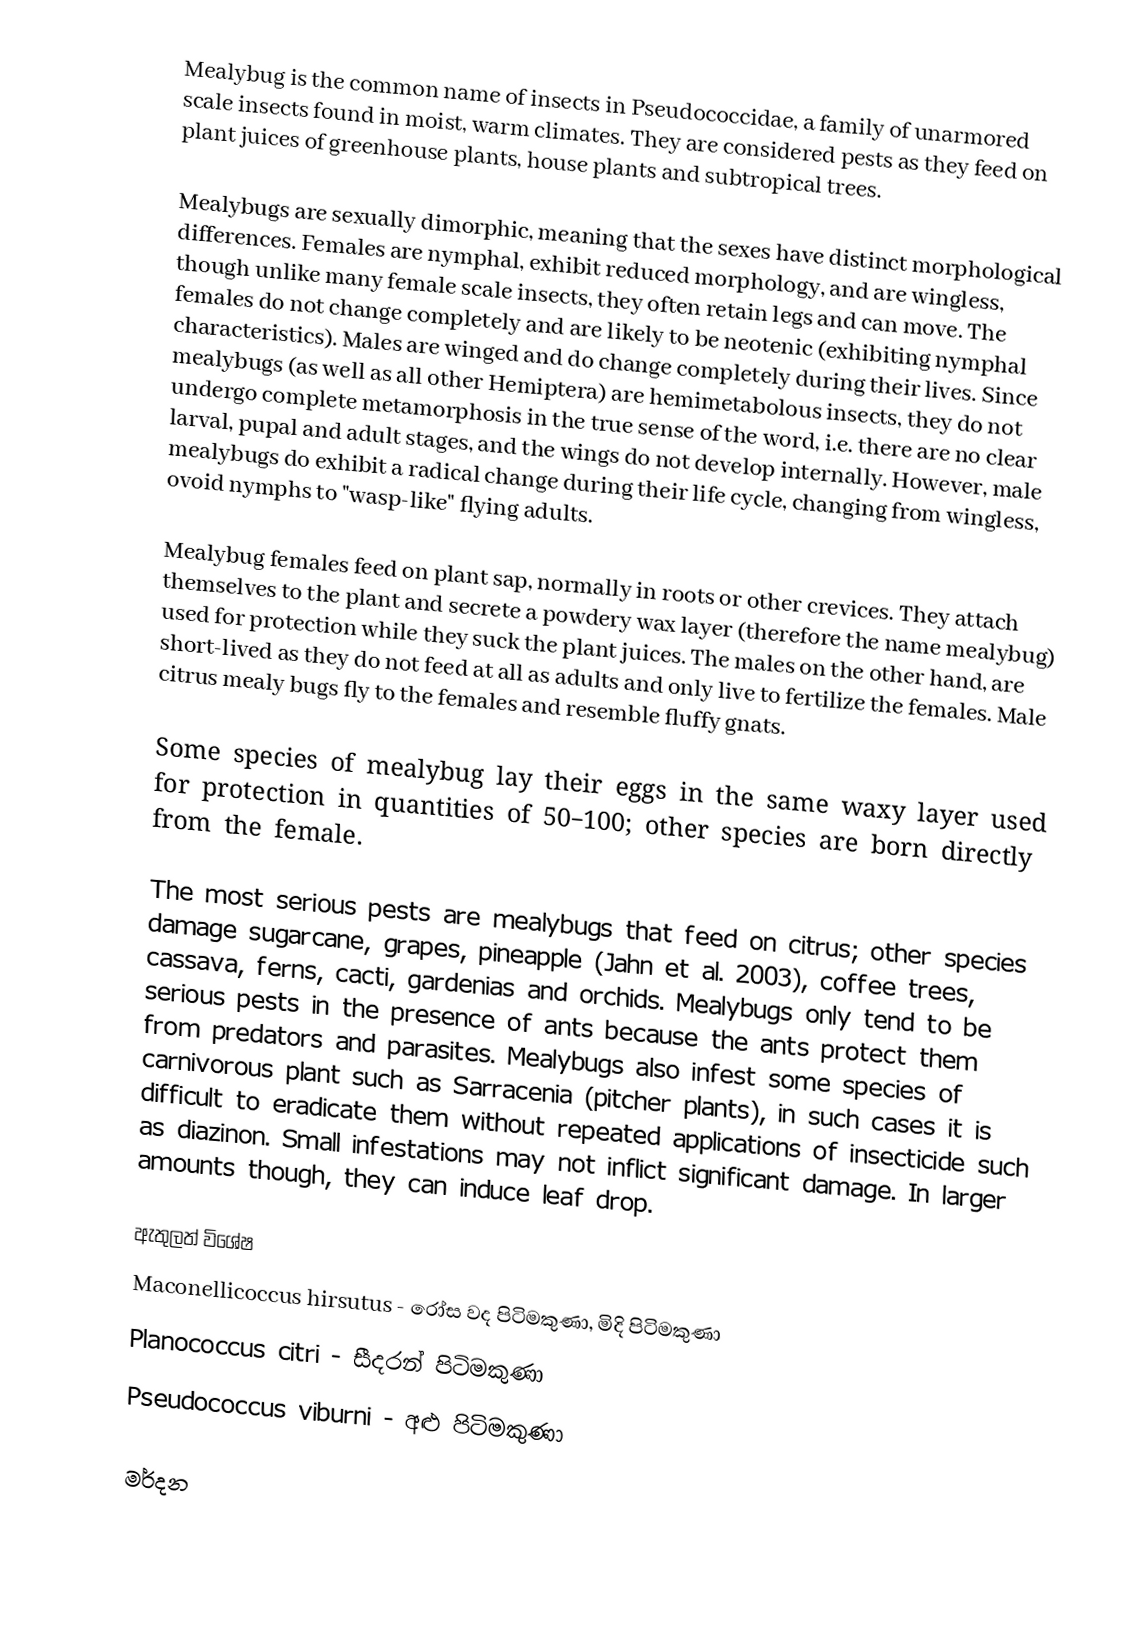
Mealybug is the common name of insects in Pseudococcidae, a family of unarmored scale insects found in moist, warm climates. They are considered pests as they feed on plant juices of greenhouse plants, house plants and subtropical trees.

Mealybugs are sexually dimorphic, meaning that the sexes have distinct morphological differences. Females are nymphal, exhibit reduced morphology, and are wingless, though unlike many female scale insects, they often retain legs and can move. The females do not change completely and are likely to be neotenic (exhibiting nymphal characteristics). Males are winged and do change completely during their lives.   Since mealybugs (as well as all other Hemiptera) are hemimetabolous insects, they do not undergo complete metamorphosis in the true sense of the word, i.e. there are no clear larval, pupal and adult stages, and the wings do not develop internally.  However, male mealybugs do exhibit a radical change during their life cycle, changing from wingless, ovoid nymphs to "wasp-like" flying adults.

Mealybug females feed on plant sap, normally in roots or other crevices. They attach themselves to the plant and secrete a powdery wax layer (therefore the name mealybug) used for protection while they suck the plant juices. The males on the other hand, are short-lived as they do not feed at all as adults and only live to fertilize the females. Male citrus mealy bugs fly to the females and resemble fluffy gnats.

Some species of mealybug lay their eggs in the same waxy layer used for protection in quantities of 50–100; other species are born directly from the female.

The most serious pests are mealybugs that feed on citrus; other species damage sugarcane, grapes, pineapple (Jahn et al. 2003), coffee trees, cassava, ferns, cacti, gardenias and orchids.  Mealybugs only tend to be serious pests in the presence of ants because the ants protect them from predators and parasites.  Mealybugs also infest some species of carnivorous plant such as Sarracenia (pitcher plants), in such cases it is difficult to eradicate them without repeated applications of insecticide such as diazinon. Small infestations may not inflict significant damage. In larger amounts though, they can induce leaf drop.

ඇතුලත් විශේෂ
Maconellicoccus hirsutus - රෝස වද පිටිමකුණා, මිදි පිටිමකුණා
Planococcus citri - සීදරන් පිටිමකුණා
Pseudococcus viburni - අළු පිටිමකුණා

මර්දන